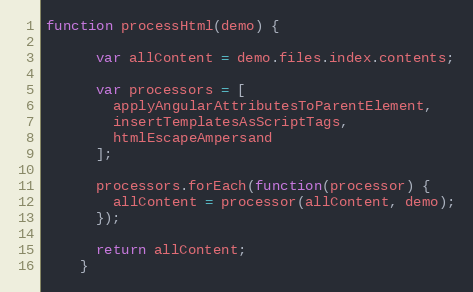
Language: JavaScript
function processHtml(demo) {

      var allContent = demo.files.index.contents;

      var processors = [
        applyAngularAttributesToParentElement,
        insertTemplatesAsScriptTags,
        htmlEscapeAmpersand
      ];

      processors.forEach(function(processor) {
        allContent = processor(allContent, demo);
      });

      return allContent;
    }